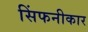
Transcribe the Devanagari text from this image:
सिंफनीकार